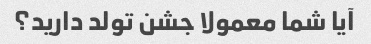
آیا شما معمولا جشن تولد دارید؟